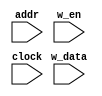
`timescale 1ns / 1ps
//////////////////////////////////////////////////////////////////////////////////
// Company: 
// Engineer: 
// 
// Design Name: 
// Module Name: ram_vowels
// Project Name: 
// Target Devices: 
// Tool Versions: 
// Description: 
// 
// Dependencies: 
// 
// Revision:
// Revision 0.01 - File Created
// Additional Comments:
// 
//////////////////////////////////////////////////////////////////////////////////


module ram_vowels(
    input [5:0]addr,
    input w_en,
    input clock,
    input [7:0]w_data    
    );
    
    reg [7:0] memorie_efectiva [0:63];
    assign r_data = memorie_efectiva[addr];
    
    always@(posedge clock) begin
        if(w_en == 1)
            memorie_efectiva[addr] <= r_data;
         
    end 
    
    
endmodule